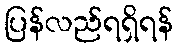
ပြန်လည်ရရှိရန်